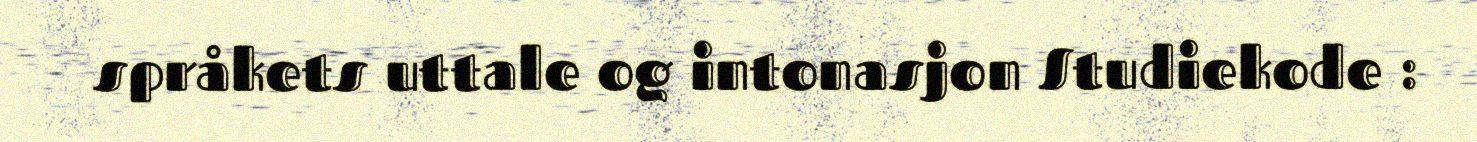
språkets uttale og intonasjon Studiekode :